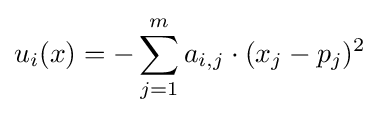
u_{i}(x)=-\sum _{j=1}^{m}a_{i,j}\cdot (x_{j}-p_{j})^{2}